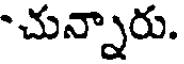
-చున్నారు.